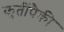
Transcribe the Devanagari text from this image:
कृतींपैकी